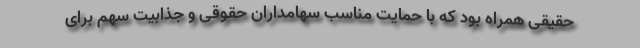
حقیقی همراه بود که با حمایت مناسب سهامداران حقوقی و جذابیت سهم برای